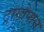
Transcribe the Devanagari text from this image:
ट्रागोपान